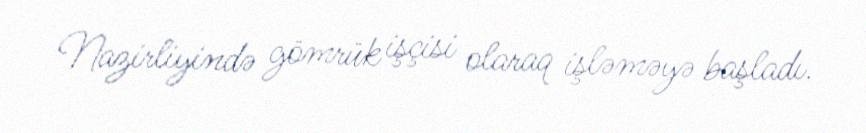
Nazirliyində gömrük işçisi olaraq işləməyə başladı.